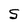
Character: S